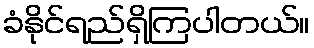
ခံနိုင်ရည်ရှိကြပါတယ်။